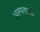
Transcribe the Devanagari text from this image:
अल्पताओं